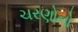
ચરણોનો